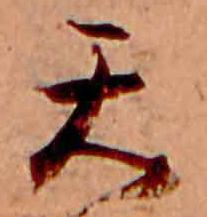
天